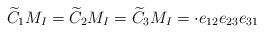
LaTeX: \begin{align*} \widetilde{C}_1 M_I = \widetilde{C}_2 M_I = \widetilde{C}_3 M_I = \cdot e_{12}e_{23}e_{31}\end{align*}